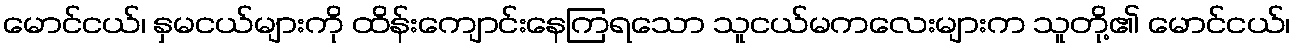
မောင်ငယ်၊ နှမငယ်များကို ထိန်းကျောင်းနေကြရသော သူငယ်မကလေးများက သူတို့၏ မောင်ငယ်၊